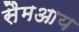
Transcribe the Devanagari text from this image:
सैमआय